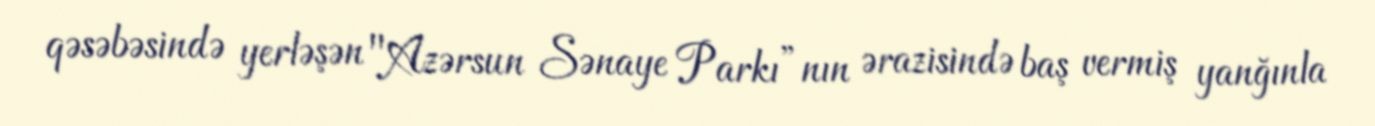
qəsəbəsində yerləşən "Azərsun Sənaye Parkı”nın ərazisində baş vermiş yanğınla